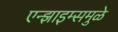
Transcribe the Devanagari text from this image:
एन्झाइम्समुळे